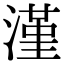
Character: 漌